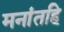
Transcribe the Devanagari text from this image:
मनांतहि